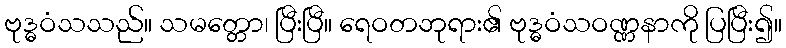
ဗုဒ္ဓဝံသသည်။ သမတ္တော၊ ပြီးပြီ။ ရေဝတဘုရား၏ ဗုဒ္ဓဝံသဝဏ္ဏနာကို ပြပြီး၍။